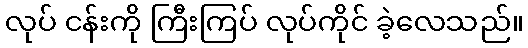
လုပ် ငန်းကို ကြီးကြပ် လုပ်ကိုင် ခဲ့လေသည်။